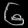
Digit: ၆